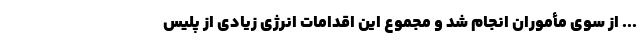
... از سوی مأموران انجام شد و مجموع این اقدامات انرژی زیادی از پلیس